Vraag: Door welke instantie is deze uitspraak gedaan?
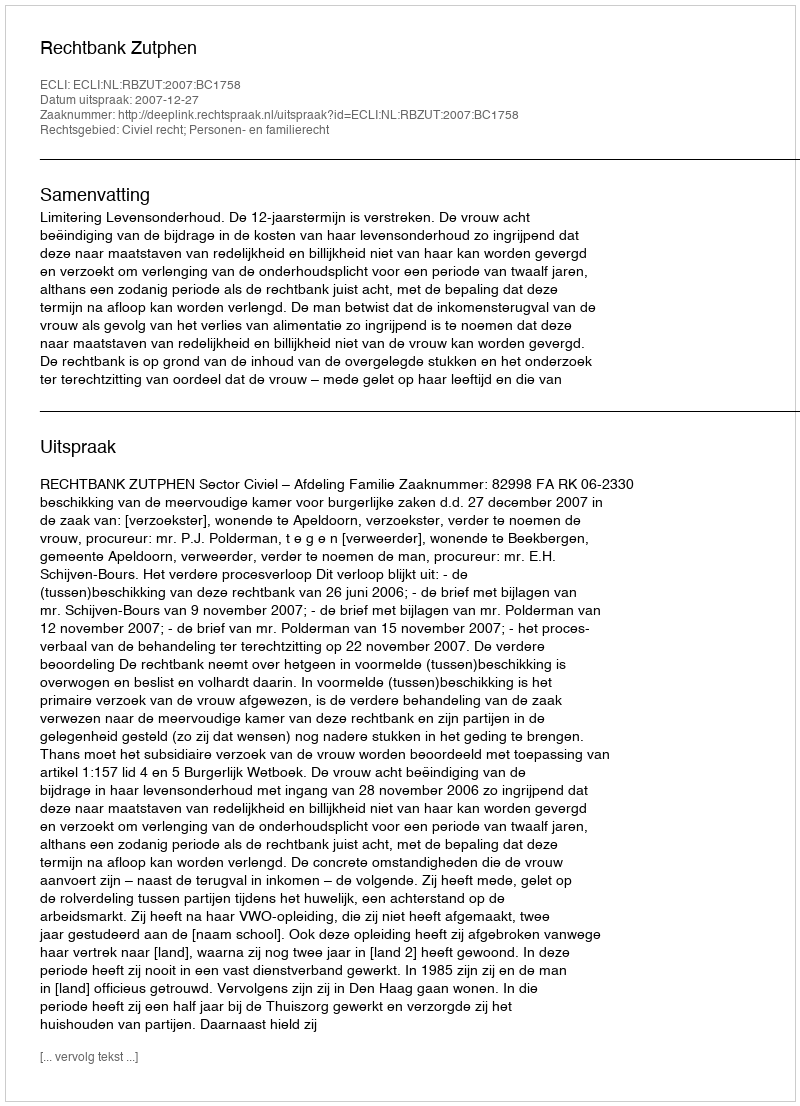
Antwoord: Rechtbank Zutphen